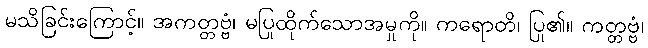
မသိခြင်းကြောင့်။ အကတ္တဗ္ဗံ၊ မပြုထိုက်သောအမှုကို။ ကရောတိ၊ ပြု၏။ ကတ္တဗ္ဗံ၊